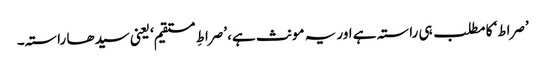
’صراط‘ کا مطلب ہی راستہ ہے اور یہ مونث ہے، ’صراطِ مستقیم‘ یعنی سیدھا راستہ۔